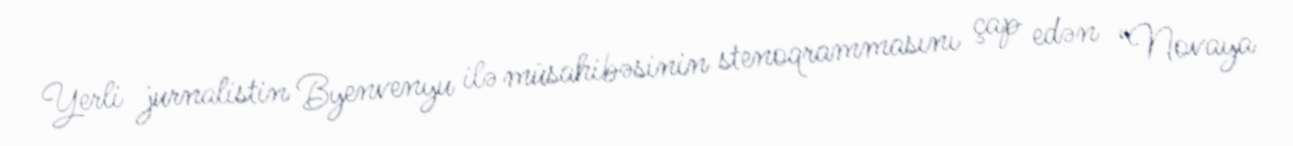
Yerli jurnalistin Byenvenyu ilə müsahibəsinin stenoqrammasını çap edən “Novaya